Source: Handwritten
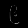
Digit: ၉ (9)